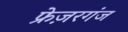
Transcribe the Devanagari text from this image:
फ्रेज़रगंज